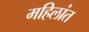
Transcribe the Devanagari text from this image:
महिलांत